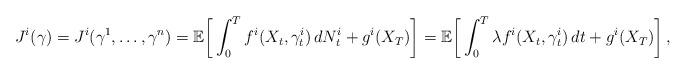
LaTeX: \begin{align*}J^i(\gamma)=J^i(\gamma^1,\ldots,\gamma^n)=\mathbb{E}\bigg[\int_0^T f^i(X_t,\gamma_t^i)\,dN^i _t+g^i(X_T)\bigg] = \mathbb{E}\bigg[\int_0^T \lambda f^i(X_t,\gamma_t^i)\,dt+g^i(X_T)\bigg]\,,\end{align*}